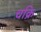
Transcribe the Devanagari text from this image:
चक्रि